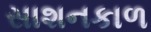
સાશનકાળ